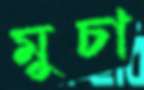
মুচা